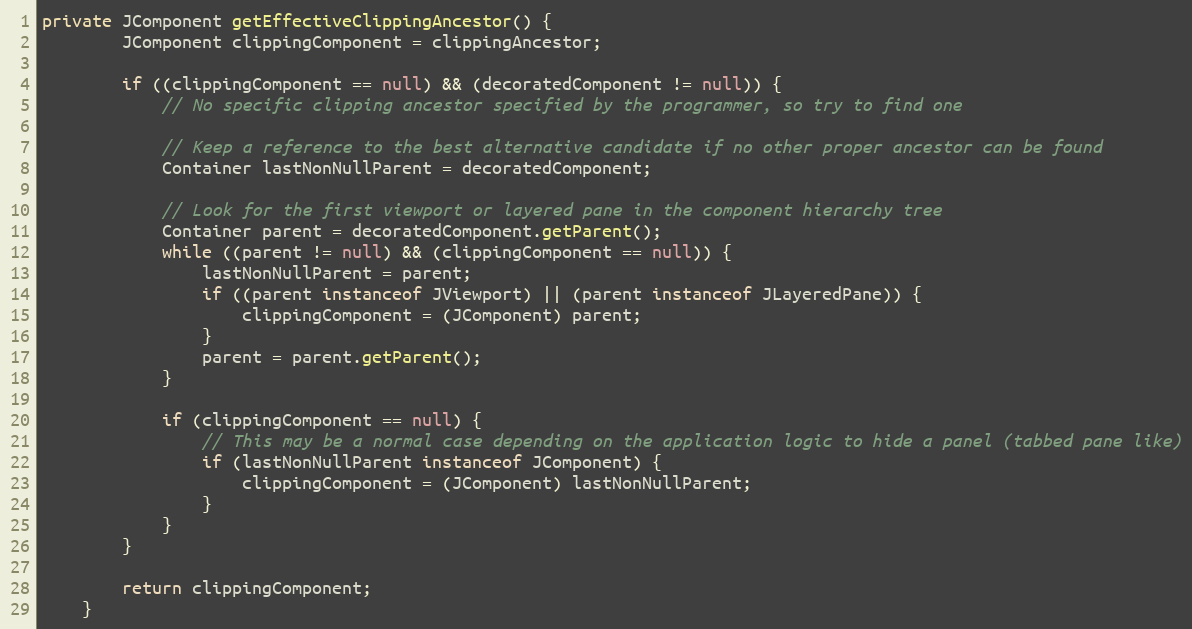
Language: Java
private JComponent getEffectiveClippingAncestor() {
        JComponent clippingComponent = clippingAncestor;

        if ((clippingComponent == null) && (decoratedComponent != null)) {
            // No specific clipping ancestor specified by the programmer, so try to find one

            // Keep a reference to the best alternative candidate if no other proper ancestor can be found
            Container lastNonNullParent = decoratedComponent;

            // Look for the first viewport or layered pane in the component hierarchy tree
            Container parent = decoratedComponent.getParent();
            while ((parent != null) && (clippingComponent == null)) {
                lastNonNullParent = parent;
                if ((parent instanceof JViewport) || (parent instanceof JLayeredPane)) {
                    clippingComponent = (JComponent) parent;
                }
                parent = parent.getParent();
            }

            if (clippingComponent == null) {
                // This may be a normal case depending on the application logic to hide a panel (tabbed pane like)
                if (lastNonNullParent instanceof JComponent) {
                    clippingComponent = (JComponent) lastNonNullParent;
                }
            }
        }

        return clippingComponent;
    }